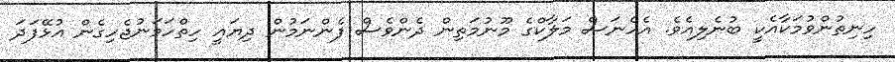
ހިނިތުންވުމަކާއެކީ ބުނެލިއެވެ. އެހެނަސް މަލާކްގެ މޫނުމަތިން ދެންވެސް ފެންނަމުން ދިޔައީ ހިތްހަމަނުޖެހިގެން އުޅޭފަދަ